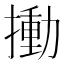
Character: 𢳾